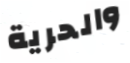
والحرية